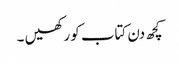
کچھ دن کتاب کو رکھیں ۔